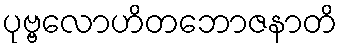
ပုဗ္ဗလောဟိတဘောဇနာတိ